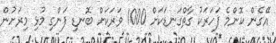
އޭގެން ކޮންމެ ފަހަރަކު ގާތްގަނޑަކަށް 1000 ވަރަކަށް ބޮނޑި ފަންގި މުޅި މިރަށުން